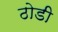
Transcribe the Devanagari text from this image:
ठोडी